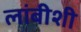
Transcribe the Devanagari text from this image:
लांबीशी